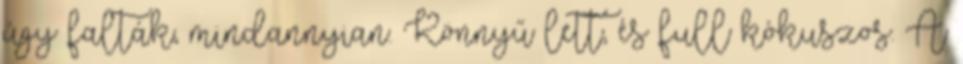
úgy falták, mindannyian. Könnyű lett, és full kókuszos. A